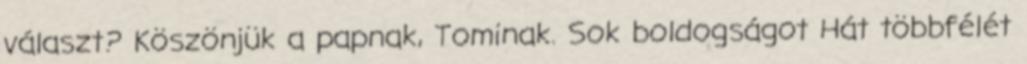
választ? Köszönjük a papnak, Tominak. Sok boldogságot Hát többfélét